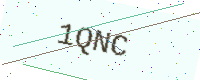
Text: 1QNC